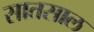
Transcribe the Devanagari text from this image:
सातसाल